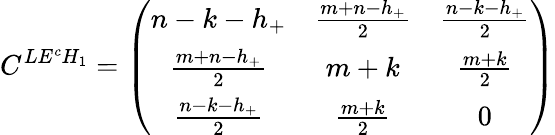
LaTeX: C^{LE^{c}H_{1}}=\left(\begin{array}{ccc}{{n-k-h_{+}}}&{{\frac{m+n-h_{+}}{2}}}&{{\frac{n-k-h_{+}}{2}}}\\ {{\frac{m+n-h_{+}}{2}}}&{{m+k}}&{{\frac{m+k}{2}}}\\ {{\frac{n-k-h_{+}}{2}}}&{{\frac{m+k}{2}}}&{{0}}\end{array}\right)